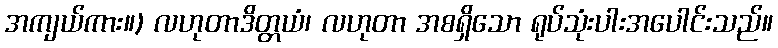
အကျယ်ကား။) လဟုတာဒိတ္တယံ၊ လဟုတာ အစရှိသော ရုပ်သုံးပါးအပေါင်းသည်။